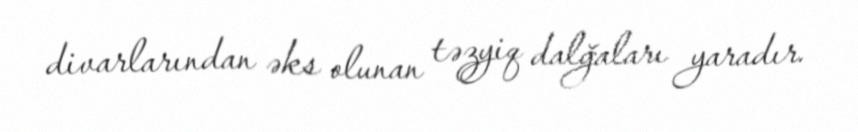
divarlarından əks olunan təzyiq dalğaları yaradır.